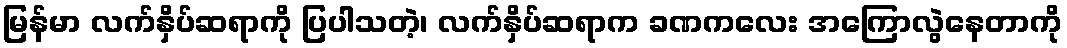
မြန်မာ လက်နှိပ်ဆရာကို ပြပါသတဲ့၊ လက်နှိပ်ဆရာက ခဏကလေး အကြောလွဲနေတာကို